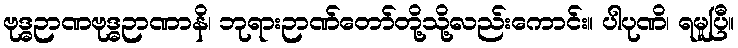
ဗုဒ္ဓဉာဏဗုဒ္ဓဉာဏာနိ၊ ဘုရားဉာဏ်တော်တို့သို့လည်းကောင်း။ ပါပုဏိ၊ ရမူပြီ။